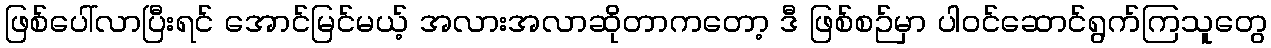
ဖြစ်ပေါ်လာပြီးရင် အောင်မြင်မယ့် အလားအလာဆိုတာကတော့ ဒီ ဖြစ်စဉ်မှာ ပါဝင်ဆောင်ရွက်ကြသူတွေ